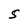
Character: S